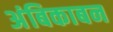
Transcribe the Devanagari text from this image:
अंबिकाबन